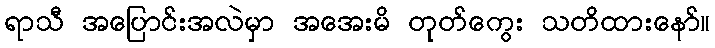
ရာသီ အပြောင်းအလဲမှာ အအေးမိ တုတ်ကွေး သတိထားနော်။